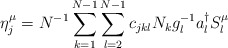
\begin{align*}\eta_j^\mu= N^{-1} \sum_{k=1}^{N-1} \sum_{l=2}^{N-1} c_{jkl} N_k g_l^{-1} a_l^\dagger S_l^\mu\end{align*}